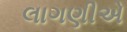
લાગણીએ